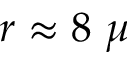
r \approx 8 ~ \mu